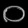
Digit: ၀